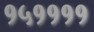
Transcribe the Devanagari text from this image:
१५११११